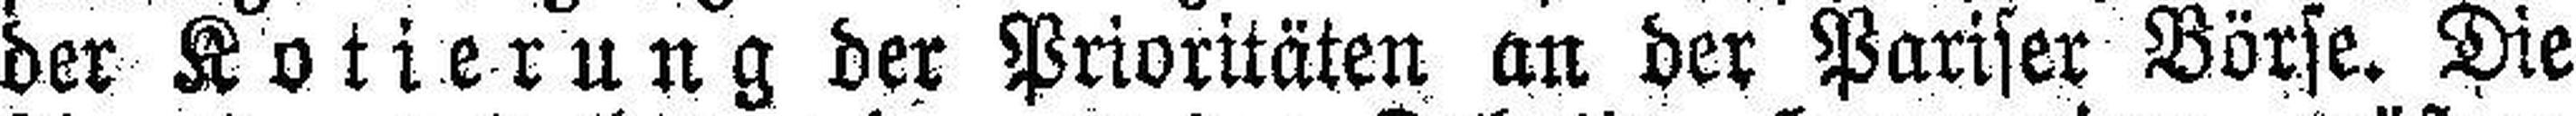
der Kotierung der Prioritäten an der Pariser Börse. Die